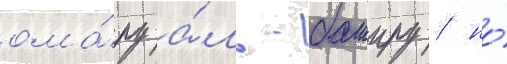
ома́ру а́ль-баширу / но́